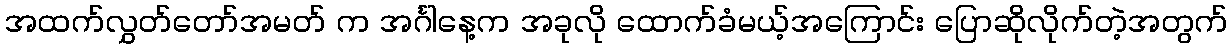
အထက်လွှတ်တော်အမတ် က အင်္ဂါနေ့က အခုလို ထောက်ခံမယ့်အကြောင်း ပြောဆိုလိုက်တဲ့အတွက်